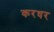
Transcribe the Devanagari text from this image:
करधर